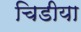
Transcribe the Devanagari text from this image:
चिडीया